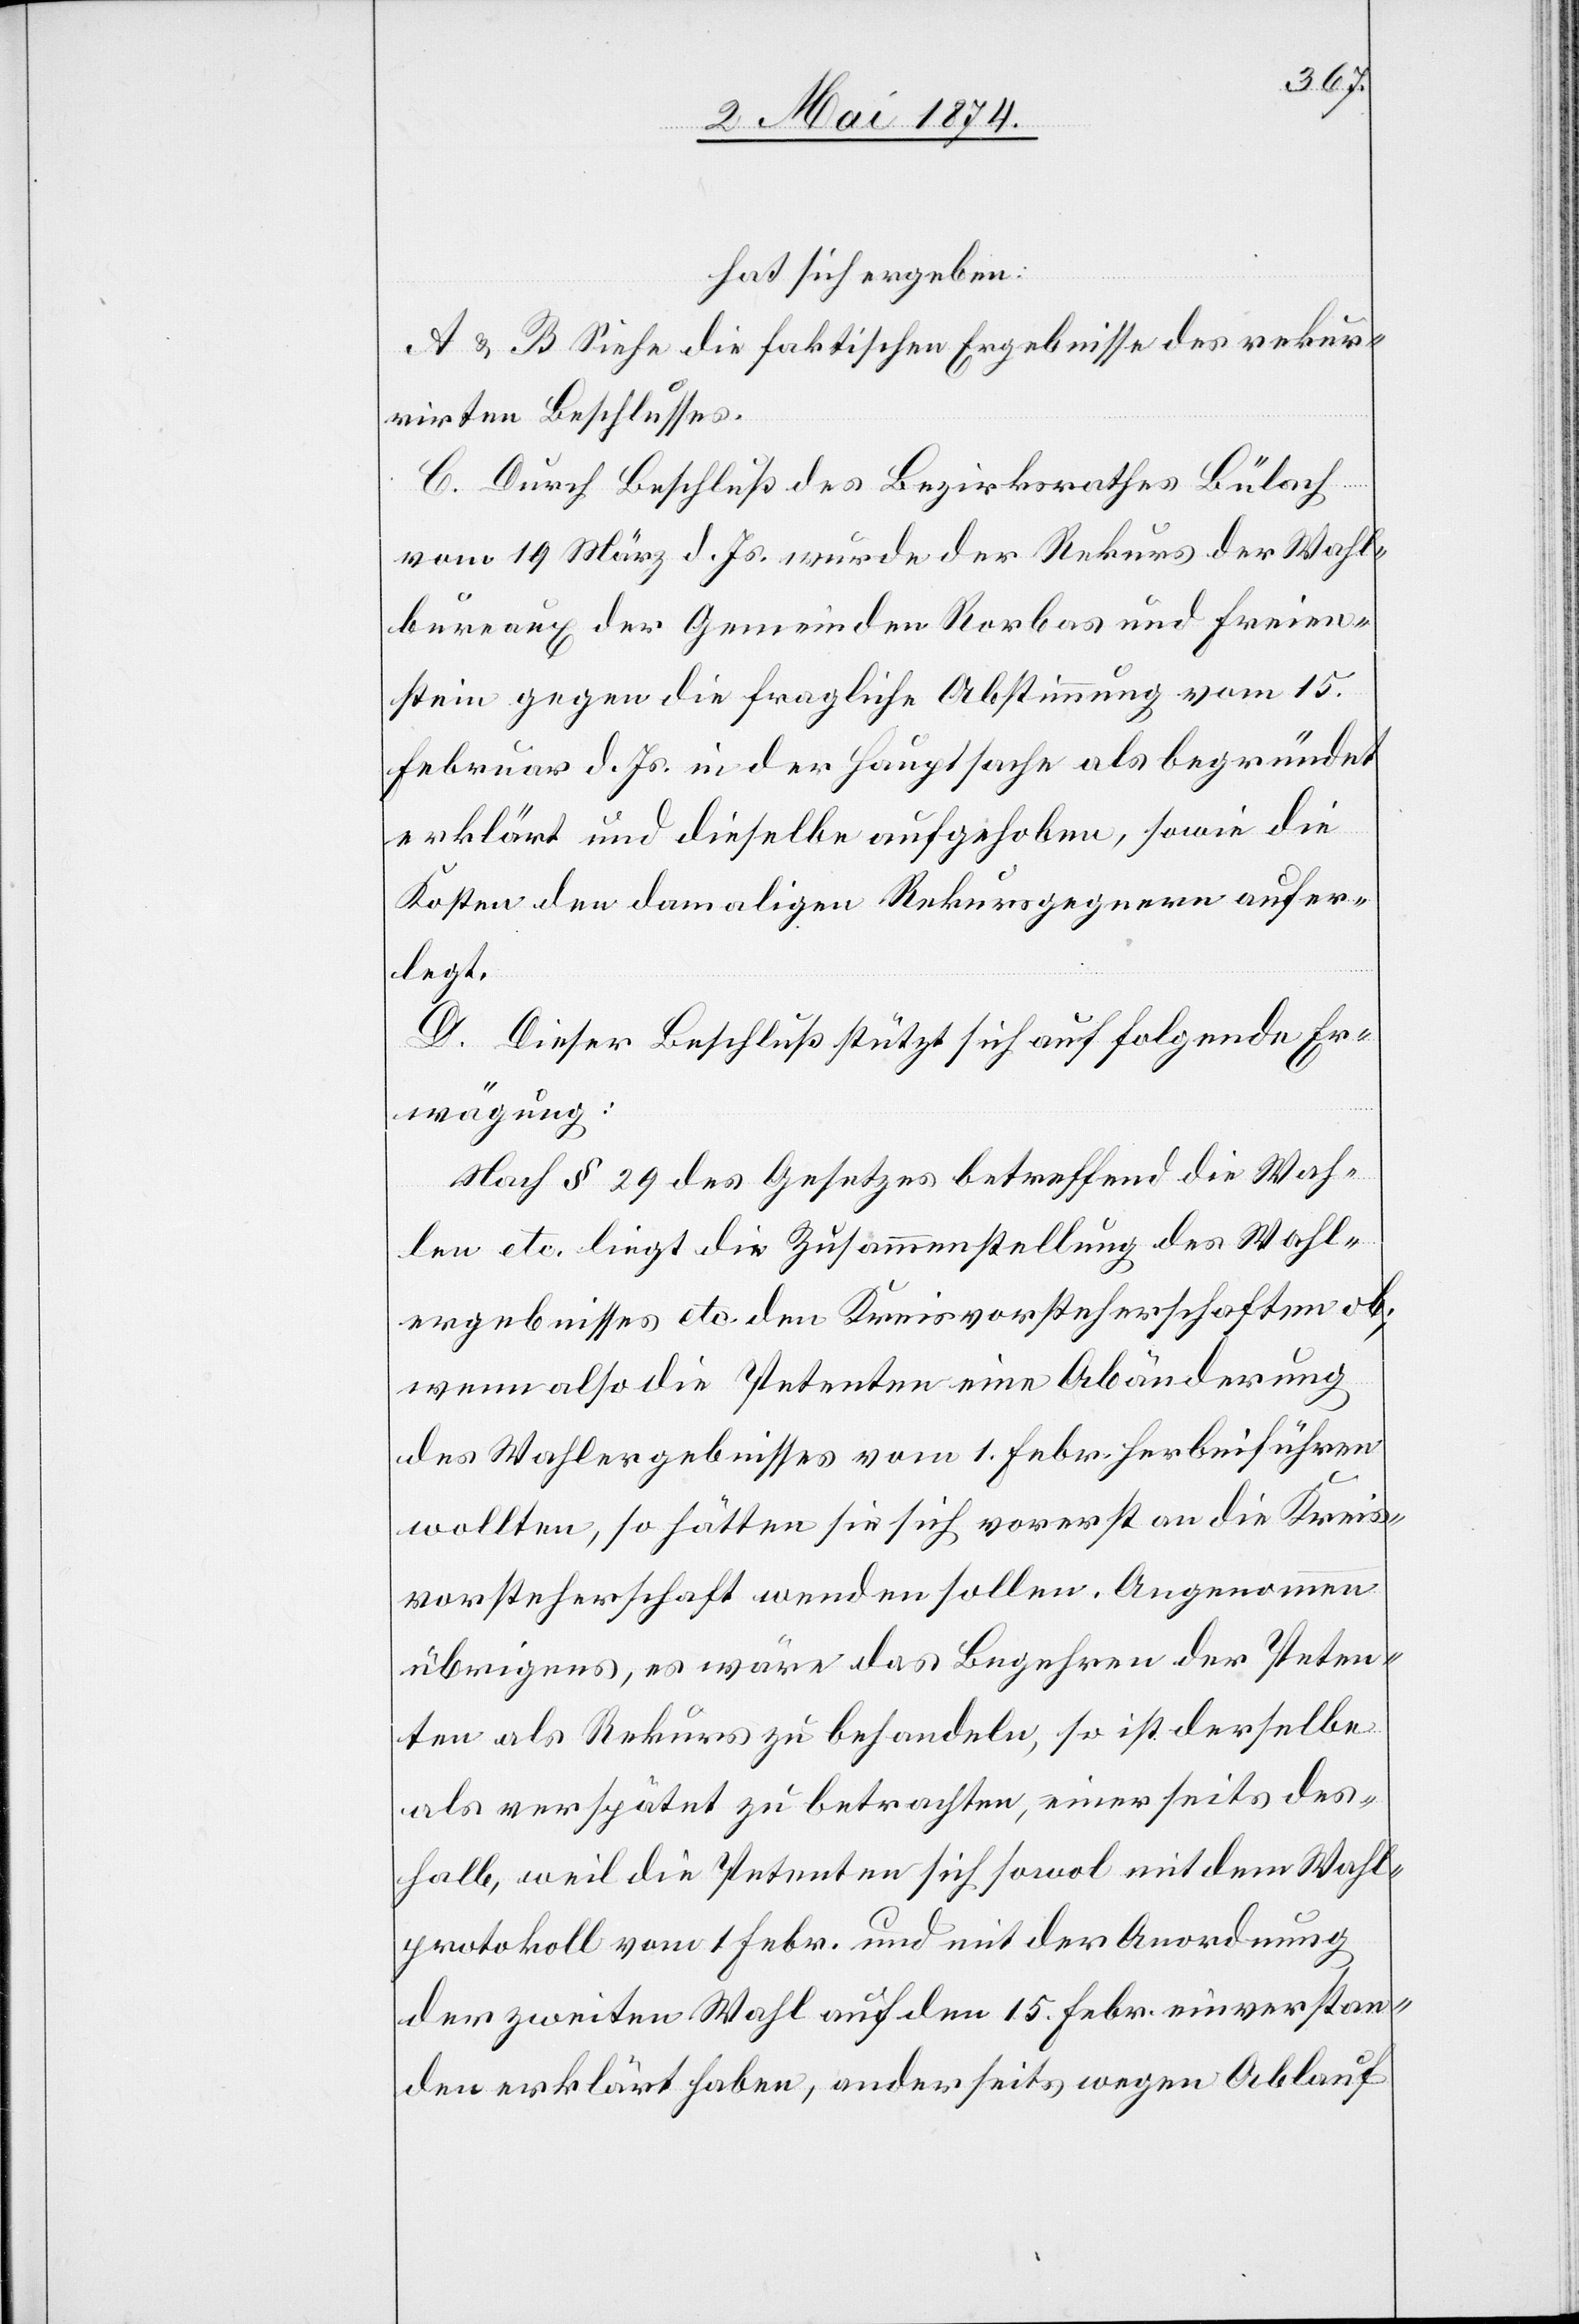
hat sich ergeben:
A u. B. Siehe die faktischen Ergebnisse des rekur¬
rirten Beschlusses.
C. Durch Beschluß des Bezirksrathes Bülach
vom 19. März d. Js. wurde der Rekurs der Wahl¬
bureaux der Gemeinden Rorbas und Freien¬
stein gegen die fragliche Abstimmung vom 15.
Februar d. Js. in der Hauptsache als begründet
erklärt und dieselbe aufgehoben, sowie die
Kosten den damaligen Rekursgegnern aufer¬
legt.
D. Dieser Beschluß stützt sich auf folgende Er¬
wägung:
Nach § 29 des Gesetzes betreffend die Wah¬
len etc. liegt die Zusammenstellung des Wahl¬
ergebnisses etc. den Kreisvorsteherschaften ob;
wenn also die Petenten eine Abänderung
des Wahlergebnisses vom 1. Febr. herbeiführen
wollten, so hätten sie sich vorerst an die Kreis¬
vorsteherschaft wenden sollen. Angenommen
übrigens, es wäre das Begehren der Peten¬
ten als Rekurs zu behandeln, so ist derselbe
als verspätet zu betrachten einerseits des¬
halb, weil die Petenten sich sowol mit dem Wahl¬
protokoll vom 1. Febr. und mit der Anordnung
der zweiten Wahl auf den 15. Febr. einverstan¬
den erklärt haben, anderseits wegen Ablauf